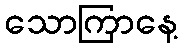
သောကြာနေ့